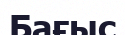
Бағыс